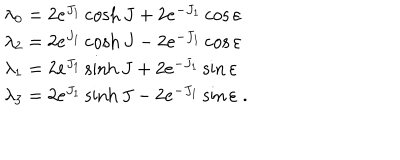
LaTeX: \begin{array} { l } { { \lambda _ { 0 } = 2 e ^ { J _ { 1 } } \cosh J + 2 e ^ { - J _ { 1 } } \cos \varepsilon } } \\ { { \lambda _ { 2 } = 2 e ^ { J _ { 1 } } \cosh J - 2 e ^ { - J _ { 1 } } \cos \varepsilon } } \\ { { \lambda _ { 1 } = 2 e ^ { J _ { 1 } } \sinh J + 2 e ^ { - J _ { 1 } } \sin \varepsilon } } \\ { { \lambda _ { 3 } = 2 e ^ { J _ { 1 } } \sinh J - 2 e ^ { - J _ { 1 } } \sin \varepsilon \; . } } \\ \end{array}